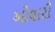
ઓવારી